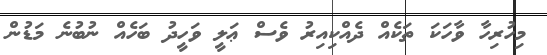
މިހުރިހާ ވާހަކަ ތަކެއް ދެއްކިއިރު ވެސް ޢަލީ ވަހީދު ބަހެއް ނުބުނެ މަޑުން